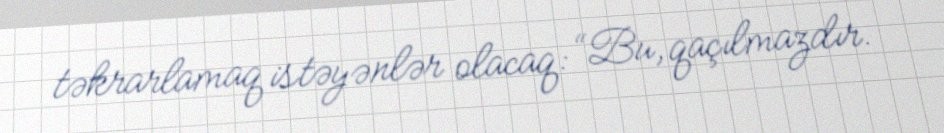
təkrarlamaq istəyənlər olacaq: “Bu, qaçılmazdır.